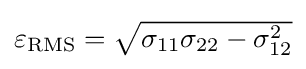
{\textstyle \varepsilon _{\text{RMS}}={\sqrt {\sigma _{11}\sigma _{22}-\sigma _{12}^{2}}}}